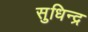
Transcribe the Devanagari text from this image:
सुधिन्द्र